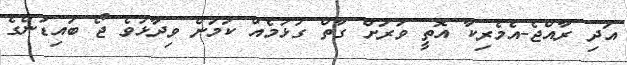
އަދި ރާއްޖެ-އެމެރިކާ އޮތީ ވަރަށް ގާތް ގުޅުމެއް ކަމަށް ވިދާޅުވެ ޖޯ ބައިޑަންގެ